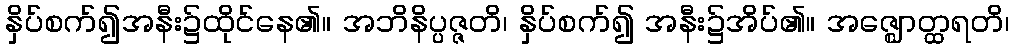
နှိပ်စက်၍အနီး၌ထိုင်နေ၏။ အဘိနိပ္ပဇ္ဇတိ၊ နှိပ်စက်၍ အနီး၌အိပ်၏။ အဇ္ဈောတ္ထရတိ၊